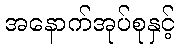
အနောက်အုပ်စုနှင့်